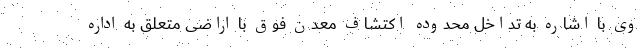
وی با اشاره به تداخل محدوده اکتشاف معدن فوق با اراضی متعلق به اداره